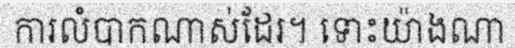
ការលំបាកណាស់ដែរ។ ទោះយ៉ាងណា